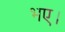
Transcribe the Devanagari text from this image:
भए।